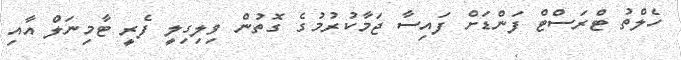
ހެލްތު ޓްރަސްޓް ފަންޑަށް ފައިސާ ޖަމާކުރުމުގެ ގޮތުން ވިލިގިލީ ފެރީ ޓާމިނަލް އާއި